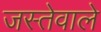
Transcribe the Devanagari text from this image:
जस्तेवाले